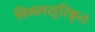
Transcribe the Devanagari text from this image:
विमलसूरिकृत